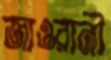
জাওরানী